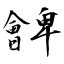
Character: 朇